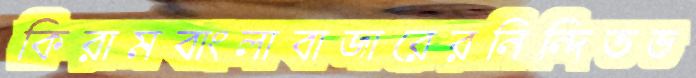
কিরামবাংলাবাজারেরনিন্দিতভ